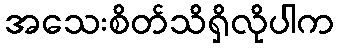
အသေးစိတ်သိရှိလိုပါက